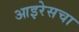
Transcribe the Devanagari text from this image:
आइरेसचा